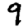
Digit: 9